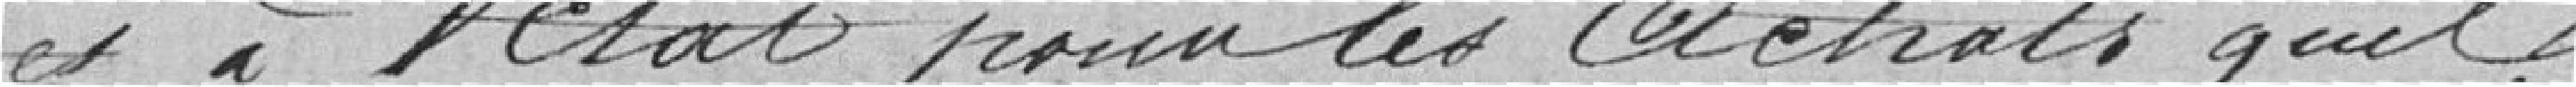
et à l'Etat pour les achats qu'il